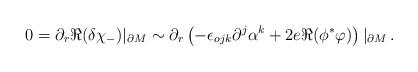
LaTeX: \begin{align*}0=\partial_r \Re (\delta \chi_-)|_{\partial M} \sim\partial_r \left( -\epsilon_{ojk}\partial^j \alpha^k + 2e \Re ( \phi^* \varphi ) \right)|_{\partial M}\,.\end{align*}